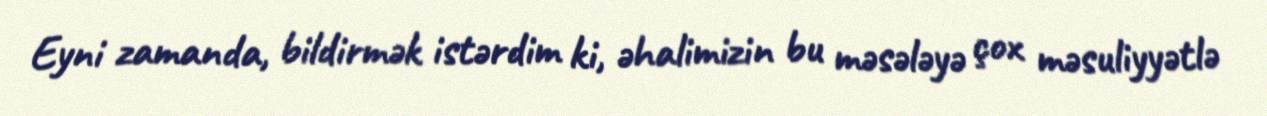
Eyni zamanda, bildirmək istərdim ki, əhalimizin bu məsələyə çox məsuliyyətlə